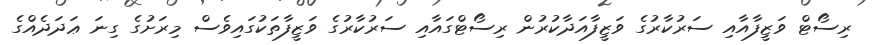
ރިސޯޓް ވަޒީފާއާއި ސަރުކާރުގެ ވަޒީފާއަދާކުރުން ރިސޯޓްގައާއި ސަރުކާރުގެ ވަޒީފާތަކުގައިވެސް މިރަށުގެ ގިނަ ޢަދަދެއްގެ